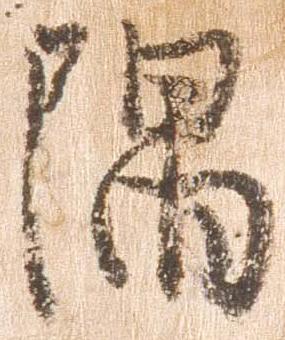
隅